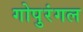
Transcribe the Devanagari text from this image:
गोपुरंगल